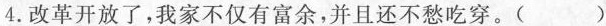
4.改革开放了，我家不仅有富余，并且还不愁吃穿。()